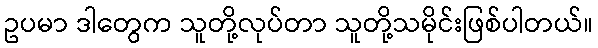
ဥပမာ ဒါတွေက သူတို့လုပ်တာ သူတို့သမိုင်းဖြစ်ပါတယ်။